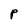
Character: P